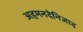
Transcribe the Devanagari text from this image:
अहमनदेनिजाद